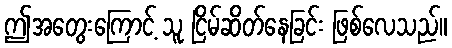
ဤအတွေးကြောင့် သူ ငြိမ်ဆိတ်နေခြင်း ဖြစ်လေသည်။